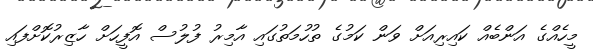
މީހެއްގެ އަންބެއް ކައިރިއަށް ވަން ކަމުގެ ތުހުމަތުގައި އާމިރު ފުލުސް އޮފީހަށް ހާޒިރުކޮށްފައި